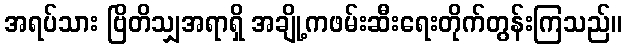
အရပ်သား ဗြိတိသျှအရာရှိ အချို့ကဖမ်းဆီးရေးတိုက်တွန်းကြသည်။